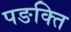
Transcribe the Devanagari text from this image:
पङक्ति